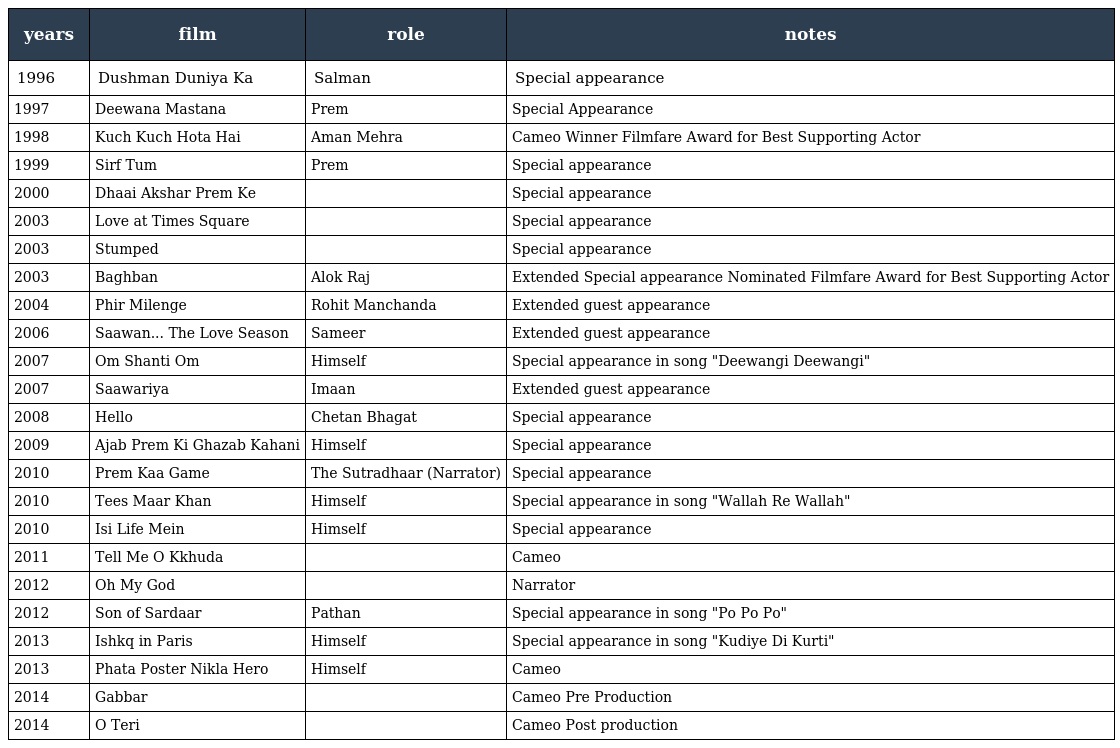
| years | film | role | notes |
 | --- | --- | --- | --- |
 | 1996 | Dushman Duniya Ka | Salman | Special appearance |
 | 1997 | Deewana Mastana | Prem | Special Appearance |
 | 1998 | Kuch Kuch Hota Hai | Aman Mehra | Cameo Winner Filmfare Award for Best Supporting Actor |
 | 1999 | Sirf Tum | Prem | Special appearance |
 | 2000 | Dhaai Akshar Prem Ke |  | Special appearance |
 | 2003 | Love at Times Square |  | Special appearance |
 | 2003 | Stumped |  | Special appearance |
 | 2003 | Baghban | Alok Raj | Extended Special appearance Nominated Filmfare Award for Best Supporting Actor |
 | 2004 | Phir Milenge | Rohit Manchanda | Extended guest appearance |
 | 2006 | Saawan... The Love Season | Sameer | Extended guest appearance |
 | 2007 | Om Shanti Om | Himself | Special appearance in song "Deewangi Deewangi" |
 | 2007 | Saawariya | Imaan | Extended guest appearance |
 | 2008 | Hello | Chetan Bhagat | Special appearance |
 | 2009 | Ajab Prem Ki Ghazab Kahani | Himself | Special appearance |
 | 2010 | Prem Kaa Game | The Sutradhaar (Narrator) | Special appearance |
 | 2010 | Tees Maar Khan | Himself | Special appearance in song "Wallah Re Wallah" |
 | 2010 | Isi Life Mein | Himself | Special appearance |
 | 2011 | Tell Me O Kkhuda |  | Cameo |
 | 2012 | Oh My God |  | Narrator |
 | 2012 | Son of Sardaar | Pathan | Special appearance in song "Po Po Po" |
 | 2013 | Ishkq in Paris | Himself | Special appearance in song "Kudiye Di Kurti" |
 | 2013 | Phata Poster Nikla Hero | Himself | Cameo |
 | 2014 | Gabbar |  | Cameo Pre Production |
 | 2014 | O Teri |  | Cameo Post production |